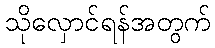
သိုလှောင်ရန်အတွက်